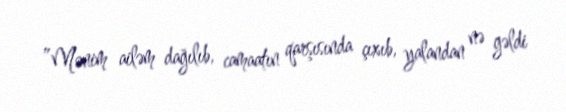
”Mənim ailəm dağılıb, camaatın qarşısında çıxıb, yalandan nə gəldi